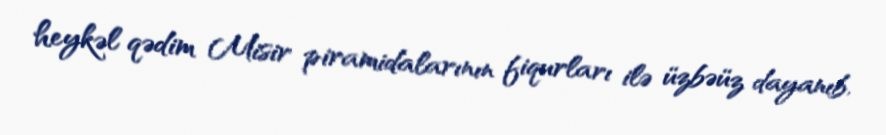
heykəl qədim Misir piramidalarının fiqurları ilə üzbəüz dayanıb.